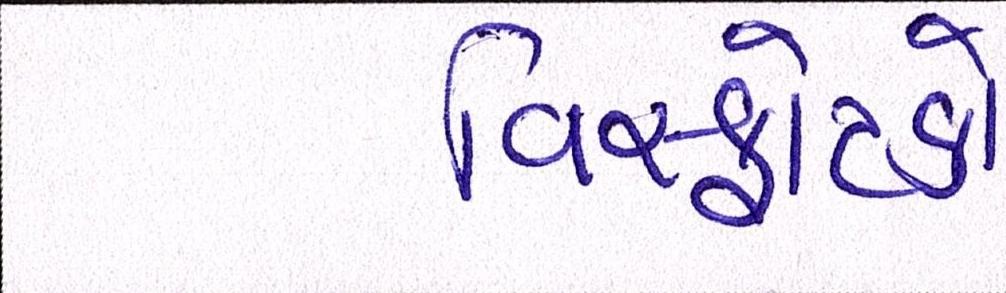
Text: વિસ્ફોટકો